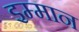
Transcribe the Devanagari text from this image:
इम्मान